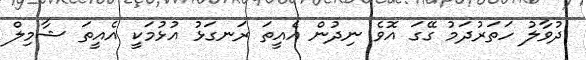
ދުވާލު ހަތަރުދަމު ގޭގަ އޮވެ ނިދުން އެއީތަ ރަނގަޅު އުޅުމަކީ އެއީތަ ޝާމިލް